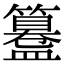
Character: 𥶊